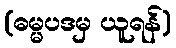
(ဓမ္မပဒမှ ယူရန်)